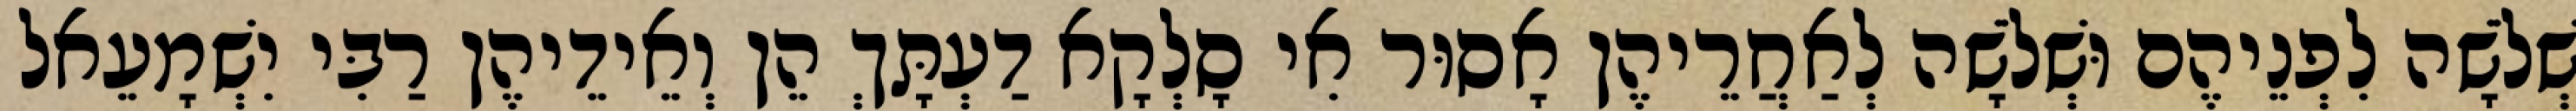
שְׁלֹשָׁה לִפְנֵיהֶם וּשְׁלֹשָׁה לְאַחֲרֵיהֶן אָסוּר אִי סָלְקָא דַעְתָּךְ הֵן וְאֵידֵיהֶן רַבִּי יִשְׁמָעֵאל